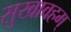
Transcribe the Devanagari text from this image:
सुखावहम्